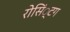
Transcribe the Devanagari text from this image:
रोसिं्टग